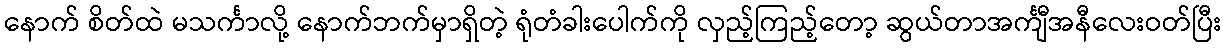
နောက် စိတ်ထဲ မသင်္ကာလို့ နောက်ဘက်မှာရှိတဲ့ ရုံတံခါးပေါက်ကို လှည့်ကြည့်တော့ ဆွယ်တာအင်္ကျီအနီလေးဝတ်ပြီး